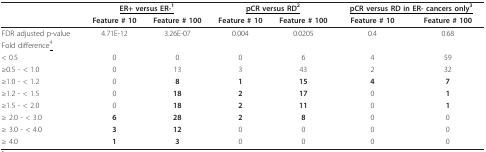
<table><thead><tr><td></td><td colspan="2"><b><underline>ER+ versus ER-<sup>1</sup></underline></b></td><td colspan="2"><b><underline>pCR versus RD<sup>2</sup></underline></b></td><td colspan="2"><b><underline>pCR versus RD in ER- cancers only<sup>3</sup></underline></b></td></tr><tr><td></td><td><b>Feature # 10</b></td><td><b>Feature # 100</b></td><td><b>Feature # 10</b></td><td><b>Feature # 100</b></td><td><b>Feature # 10</b></td><td><b>Feature # 100</b></td></tr></thead><tbody><tr><td>FDR adjusted p-value</td><td>4.71E-12</td><td>3.26E-07</td><td>0.004</td><td>0.0205</td><td>0.4</td><td>0.68</td></tr><tr><td colspan="2">Fold difference<sup><underline>4</underline></sup></td><td></td><td></td><td></td><td></td><td></td></tr><tr><td>&lt; 0.5</td><td>0</td><td>0</td><td>0</td><td>6</td><td>4</td><td>59</td></tr><tr><td>≥0.5 - &lt; 1.0</td><td>0</td><td>13</td><td>3</td><td>43</td><td>2</td><td>32</td></tr><tr><td>≥1.0 - &lt; 1.2</td><td>0</td><td><b>8</b></td><td><b>1</b></td><td><b>15</b></td><td><b>4</b></td><td><b>7</b></td></tr><tr><td>≥1.2 - &lt; 1.5</td><td>0</td><td><b>18</b></td><td><b>2</b></td><td><b>17</b></td><td>0</td><td><b>1</b></td></tr><tr><td>≥1.5 - &lt; 2.0</td><td>0</td><td><b>18</b></td><td><b>2</b></td><td><b>11</b></td><td>0</td><td><b>1</b></td></tr><tr><td>≥ 2.0 - &lt; 3.0</td><td><b>6</b></td><td><b>28</b></td><td><b>2</b></td><td><b>8</b></td><td>0</td><td>0</td></tr><tr><td>≥ 3.0 - &lt; 4.0</td><td><b>3</b></td><td><b>12</b></td><td>0</td><td>0</td><td>0</td><td>0</td></tr><tr><td>≥ 4.0</td><td><b>1</b></td><td><b>3</b></td><td>0</td><td>0</td><td>0</td><td>0</td></tr></tbody></table>